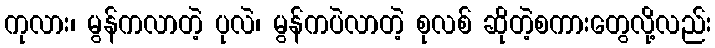
ကုလား၊ မွန်ကလာတဲ့ ပုလဲ၊ မွန်ကပဲလာတဲ့ စုလစ် ဆိုတဲ့စကားတွေလို့လည်း